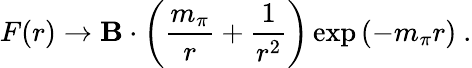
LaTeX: F(r)\rightarrow\mathbf{B}\cdot\left(\frac{{m_{\pi}}}{{r}}+\frac{{1}}{{r^{2}}}\right)\exp\left(-m_{\pi}r\right)\ .